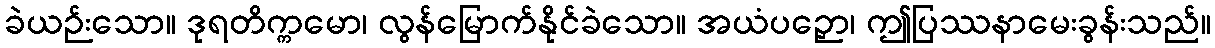
ခဲယဉ်းသော။ ဒုရတိက္ကမော၊ လွန်မြောက်နိုင်ခဲသော။ အယံပဉှော၊ ဤပြဿနာမေးခွန်းသည်။